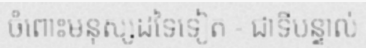
ចំពោះមនុស្សដទៃទៀត - ជាទីបន្ទាល់